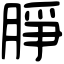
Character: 㬹